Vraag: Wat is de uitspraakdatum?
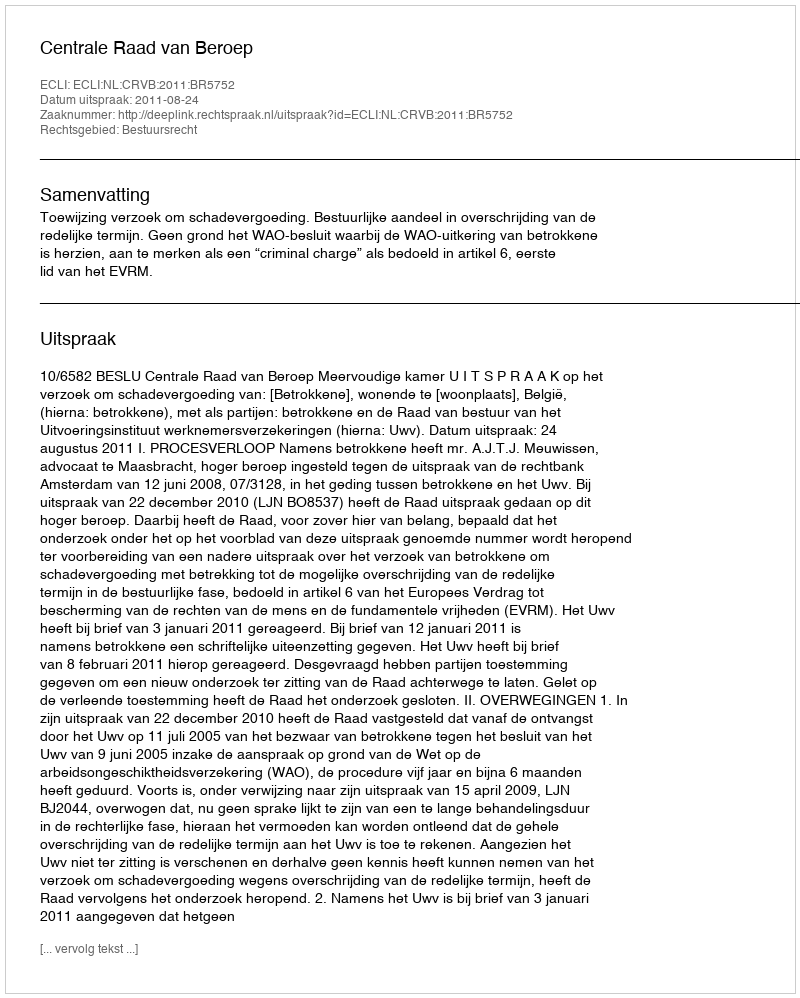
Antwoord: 2011-08-24